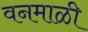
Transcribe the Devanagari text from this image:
वनमाळी